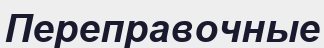
Переправочные